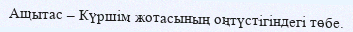
Ащытас – Күршім жотасының оңтүстігіндегі төбе.